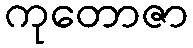
ကုတောဇာ